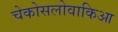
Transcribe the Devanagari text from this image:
चेकोसलोवाकिआ